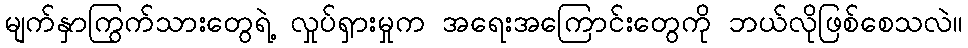
မျက်နှာကြွက်သားတွေရဲ့ လှုပ်ရှားမှုက အရေးအကြောင်းတွေကို ဘယ်လိုဖြစ်စေသလဲ။